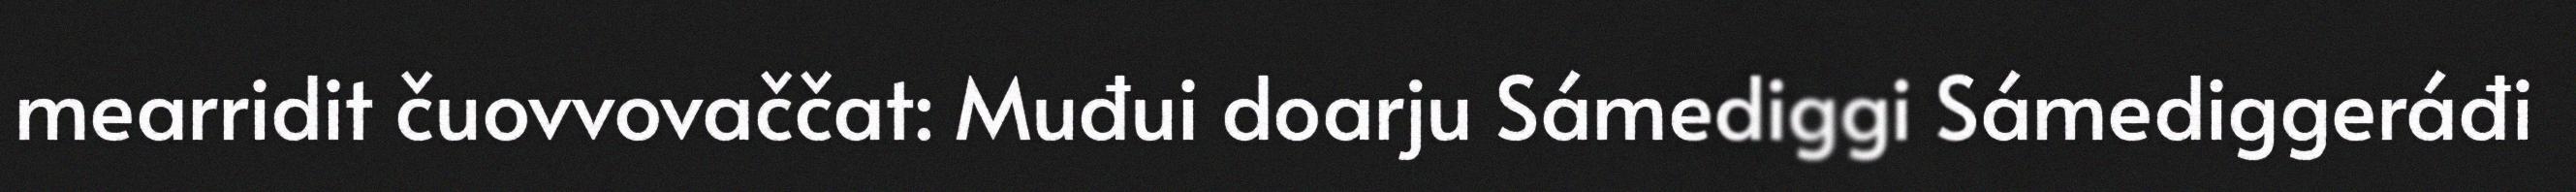
mearridit čuovvovaččat: Muđui doarju Sámediggi Sámediggeráđi